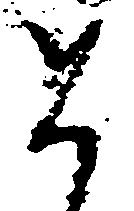
如